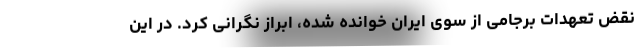
نقض تعهدات برجامی از سوی ایران خوانده شده، ابراز نگرانی کرد. در این